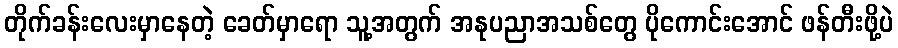
တိုက်ခန်းလေးမှာနေတဲ့ ခေတ်မှာရော သူ့အတွက် အနုပညာအသစ်တွေ ပိုကောင်းအောင် ဖန်တီးဖို့ပဲ